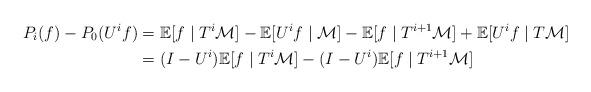
LaTeX: \begin{align*} P_i(f)-P_0(U^if)&= \mathbb E [f\mid T^i\mathcal M]-\mathbb E [U^if\mid \mathcal M] -\mathbb E [f\mid T^{i+1}\mathcal M]+\mathbb E [U^if\mid T\mathcal M]\\ &=(I-U^i)\mathbb E [f\mid T^i\mathcal M]-(I-U^i)\mathbb E [f\mid T^{i+1}\mathcal M]\end{align*}